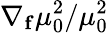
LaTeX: \nabla_{\mathbf{f}}\mu_{0}^{2}/\mu_{0}^{2}